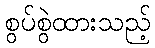
စွပ်စွဲထားသည့်